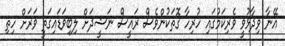
އޭނާ ވިދާޅުވީ ވެރިކަމުގައި ހުރިހާ ގޮތަކުންވެސް ރައީސް ނަޝީދަށް ލިބިވަޑައިގަތީ ވަރަށް ހިތި